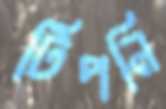
টিপনি